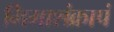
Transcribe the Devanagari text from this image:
भिमाशंक्रापं